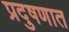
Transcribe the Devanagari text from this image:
प्रदुषणात